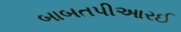
બાબતપીઆરઈ